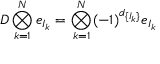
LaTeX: D \bigotimes _ { k = 1 } ^ { N } e _ { I _ { k } } = \bigotimes _ { k = 1 } ^ { N } ( - 1 ) ^ { d _ { \{ I _ { k } \} } } e _ { I _ { k } }